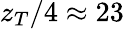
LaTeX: z_{T}/4\approx 23